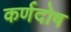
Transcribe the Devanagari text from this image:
कर्णदोष